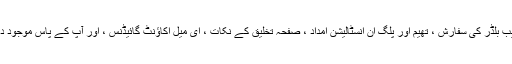
آپ اکاؤنٹ میں موجود تمام ٹولز جیسے سی پیینل گائڈڈ ٹور ، ویب بلڈر کی سفارش ، تھیم اور پلگ ان انسٹالیشن امداد ، صفحہ تخلیق کے نکات ، ای میل اکاؤنٹ گائیڈنس ، اور آپ کے پاس موجود دیگر عمومی مشوروں کو استعمال کرنے کا طریقہ سیکھیں گے۔